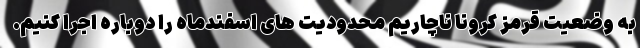
به وضعیت قرمز کرونا ناچاریم محدودیت های اسفندماه را دوباره اجرا کنیم.